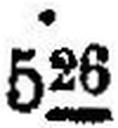
526